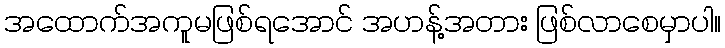
အထောက်အကူမဖြစ်ရအောင် အဟန့်အတား ဖြစ်လာစေမှာပါ။